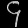
Digit: ၄